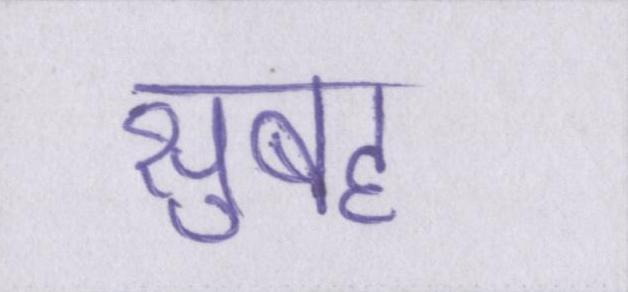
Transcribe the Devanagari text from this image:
सुबह